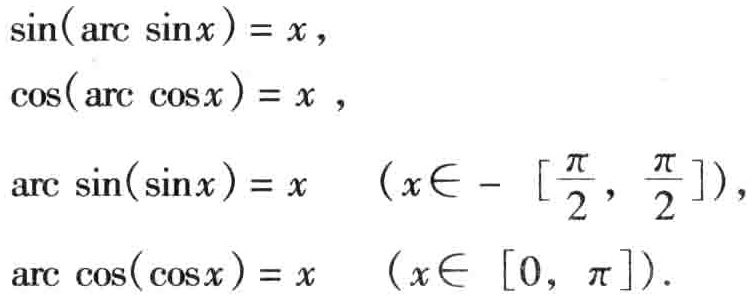
\(\sin(\arcsin x)=x\)，
\(\cos(\arccos x)=x\)，
\(\arcsin(\sin x)=x\quad(x\in\left[-\frac{\pi}{2},\frac{\pi}{2}\right])\)，
\(\arccos(\cos x)=x\quad(x\in[0,\pi])\)．